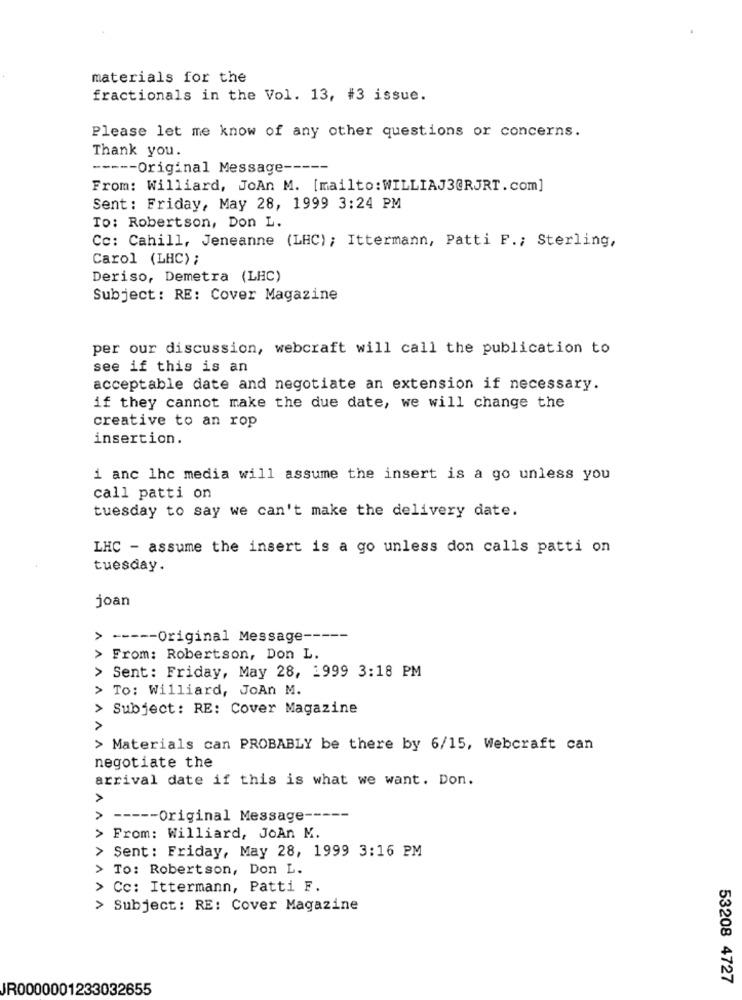
materials for the
fractionals in the Vol. 13, #3 issue.
Please let me know of any other questions or concerns.
Thank you.
----- Original Message-
From: Williard, JoAn M. [mailto:WILLIAJ3@RJRT.com]
Sent: Friday, May 28, 1999 3:24 PM
To: Robertson, Don L.
Cc: Cahill, Jeneanne (LHC); Ittermann, Patti F .; Sterling,
Carol (LHC);
Deriso, Demetra (LHC)
Subject: RE: Cover Magazine
per our discussion, webcraft will call the publication to
see if this is an
acceptable date and negotiate an extension if necessary.
if they cannot make the due date, we will change the
creative to an rop
insertion.
i anc lhc media will assume the insert is a go unless you
call patti on
tuesday to say we can't make the delivery date.
LHC - assume the insert is a go unless don calls patti on
tuesday.
joan
>
----- Original Message -----
>
From: Robertson, Don L.
> Sent: Friday, May 28, 1999 3:18 PM
> To: Williard, JoAn M.
> Subject: RE: Cover Magazine
> Materials can PROBABLY be there by 6/15, Webcraft can
negotiate the
arrival date if this is what we want. Don.
>
----- Original Message -----
> From: Williard, JoAn M.
> Sent: Friday, May 28, 1999 3:16 PM
To: Robertson, Don L.
> Cc: Ittermann, Patti F.
> Subject: RE: Cover Magazine
53208 4727
JR0000001233032655